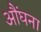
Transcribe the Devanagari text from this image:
औंघना